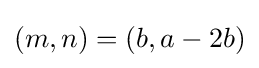
(m,n)=(b,a-2b)